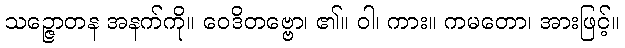
သဉ္ဇောတန အနက်ကို။ ဝေဒိတဗ္ဗော၊ ၏။ ဝါ၊ ကား။ ကမတော၊ အားဖြင့်။